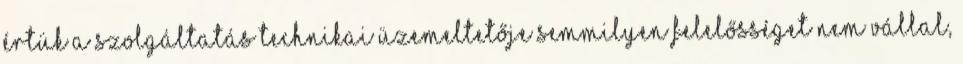
értük a szolgáltatás technikai üzemeltetője semmilyen felelősséget nem vállal,